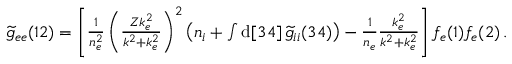
\begin{array} { r } { \widetilde { g } _ { e e } ( 1 2 ) = \left[ \frac { 1 } { n _ { e } ^ { 2 } } \left( \frac { Z k _ { e } ^ { 2 } } { k ^ { 2 } + k _ { e } ^ { 2 } } \right) ^ { 2 } \left( n _ { i } + \int \mathrm { d } [ 3 4 ] \, \widetilde { g } _ { i i } ( 3 4 ) \right) - \frac { 1 } { n _ { e } } \frac { k _ { e } ^ { 2 } } { k ^ { 2 } + k _ { e } ^ { 2 } } \right] f _ { e } ( 1 ) f _ { e } ( 2 ) \, . } \end{array}